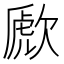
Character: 歋